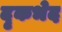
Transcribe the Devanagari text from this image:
दृकभेद